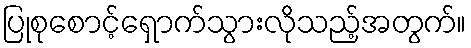
ပြုစုစောင့်ရှောက်သွားလိုသည့်အတွက်။